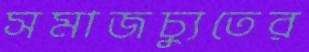
সমাজচ্যুতের